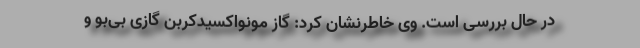
در حال بررسی است. وی خاطرنشان کرد: گاز مونواکسیدکربن گازی بی‌بو و